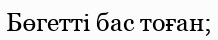
Бөгетті бас тоған;